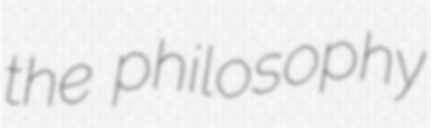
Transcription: the philosophy